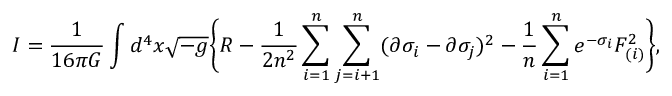
I = { \frac { 1 } { 1 6 \pi G } } \int d ^ { 4 } x \sqrt { - g } \biggl \{ R - { \frac { 1 } { 2 n ^ { 2 } } } \sum _ { i = 1 } ^ { n } \sum _ { j = i + 1 } ^ { n } ( \partial \sigma _ { i } - \partial \sigma _ { j } ) ^ { 2 } - { \frac { 1 } { n } } \sum _ { i = 1 } ^ { n } e ^ { - \sigma _ { i } } F _ { ( i ) } ^ { 2 } \biggr \} ,